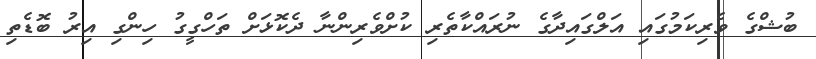
ބުޝްގެ ވެރިކަމުގައި އަލްގައިދާގެ ނުރައްކާތެރި ކުށްވެރިންނާ ދެކޮޅަށް ތަހްގީގު ހިންގި އިރު ބޮޑެތި